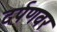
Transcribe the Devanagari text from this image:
दर्पणवर